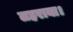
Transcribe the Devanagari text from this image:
लहराया।